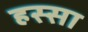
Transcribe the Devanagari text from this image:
हस्सा